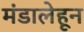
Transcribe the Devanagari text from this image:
मंडालेहून